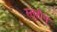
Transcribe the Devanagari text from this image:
स्तुतीने